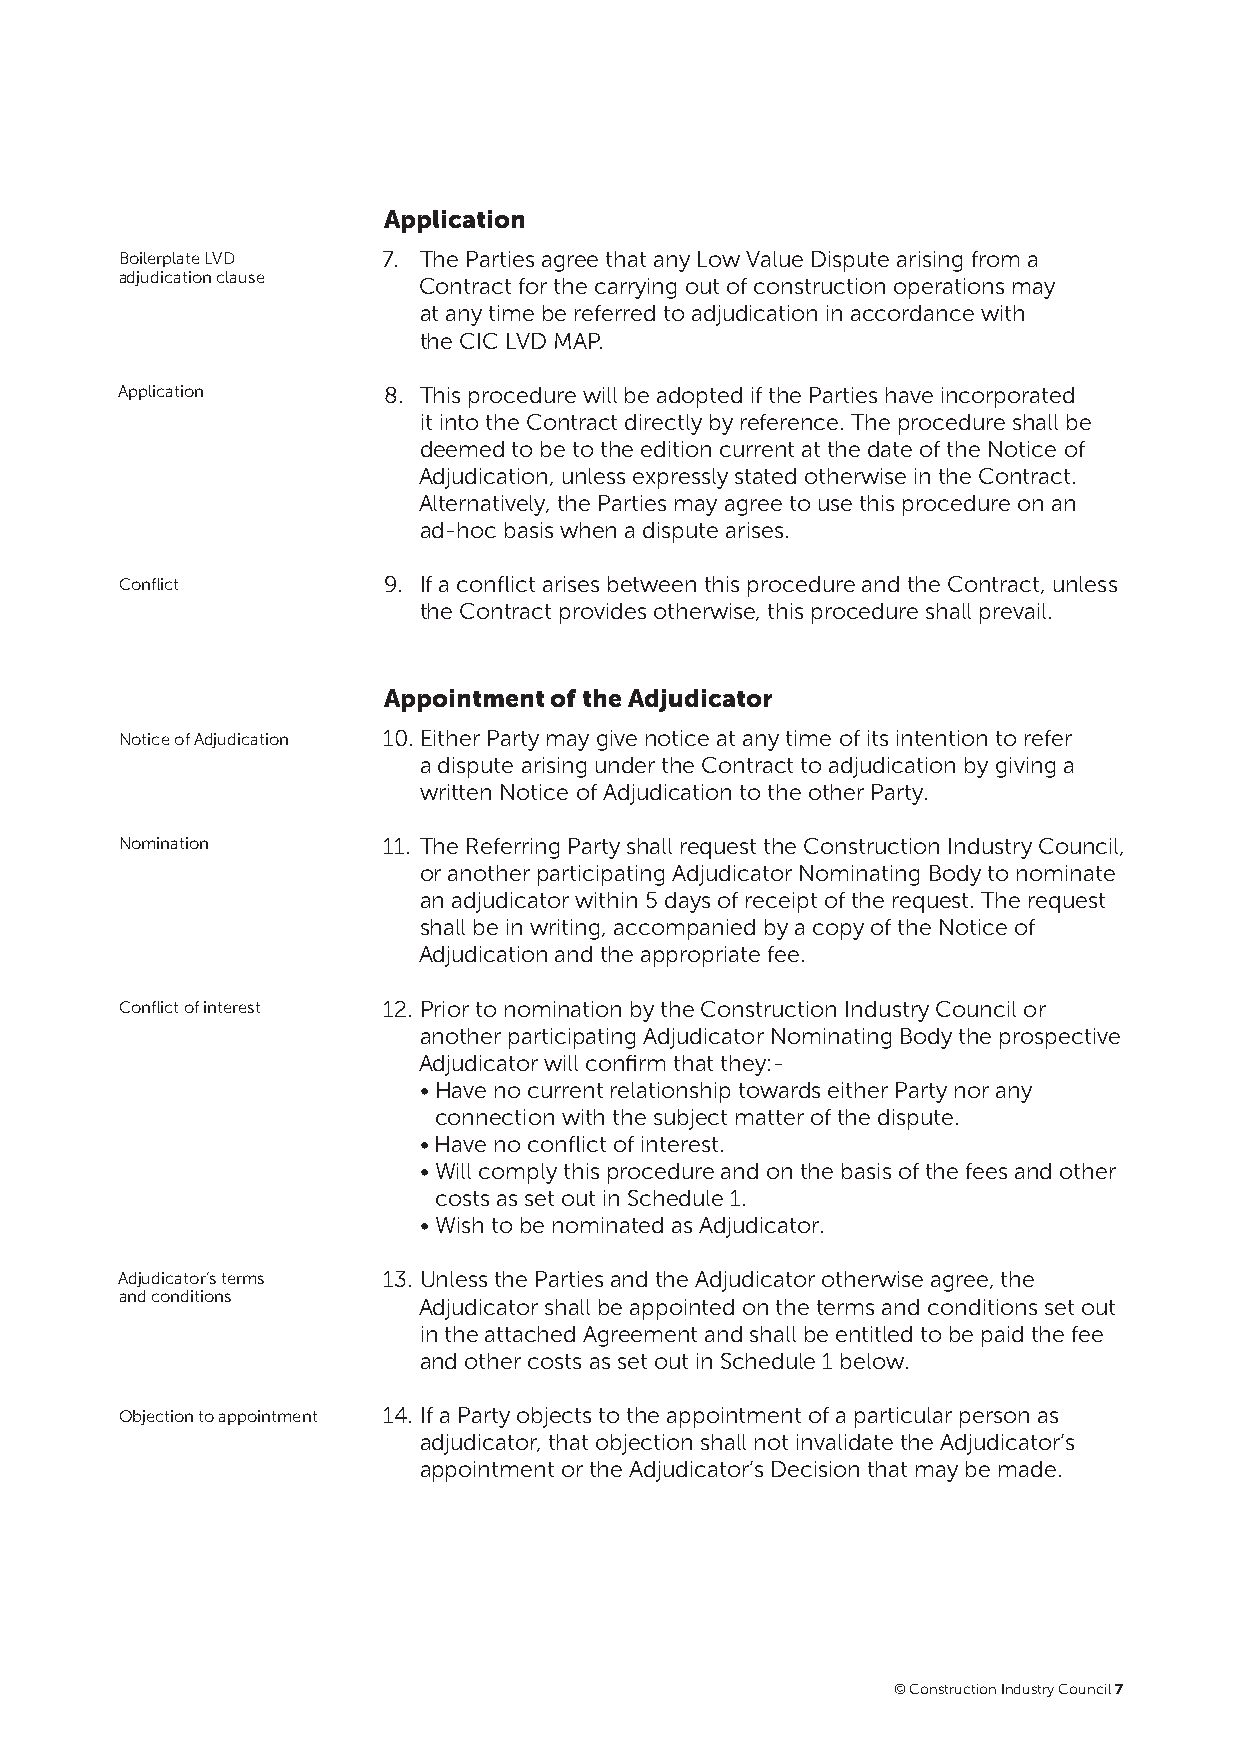
Application
 Boilerplate LVD  7. The Parties agree that any Low Value Dispute arising from a
 adjudication clause
 Contract for the carrying out of construction operations may
 at any time be referred to adjudication in accordance with
 the CIC LVD MAP.
 Application      8. T his procedure will be adopted if the Parties have incorporated
 it into the Contract directly by reference. The procedure shall be
 deemed to be to the edition current at the date of the Notice of
 Adjudication, unless expressly stated otherwise in the Contract.
 Alternatively, the Parties may agree to use this procedure on an
 ad-hoc basis when a dispute arises.
 Conflict         9. I f a conflict arises between this procedure and the Contract, unless
 the Contract provides otherwise, this procedure shall prevail.
 Appointment of the Adjudicator
 Notice of Adjudication 10. Either Party may give notice at any time of its intention to refer
 a dispute arising under the Contract to adjudication by giving a
 written Notice of Adjudication to the other Party.
 Nomination       11. The Referring Party shall request the Construction Industry Council,
 or another participating Adjudicator Nominating Body to nominate
 an adjudicator within 5 days of receipt of the request. The request
 shall be in writing, accompanied by a copy of the Notice of
 Adjudication and the appropriate fee.
 Conflict of interest 12. Prior to nomination by the Construction Industry Council or
 another participating Adjudicator Nominating Body the prospective
 Adjudicator will confirm that they:-
 • Have no current relationship towards either Party nor any
 connection with the subject matter of the dispute.
 • Have no conflict of interest.
 • Will comply this procedure and on the basis of the fees and other
 costs as set out in Schedule 1.
 • Wish to be nominated as Adjudicator.
 Adjudicator’s terms 13. Unless the Parties and the Adjudicator otherwise agree, the
 and conditions
 Adjudicator shall be appointed on the terms and conditions set out
 in the attached Agreement and shall be entitled to be paid the fee
 and other costs as set out in Schedule 1 below.
 Objection to appointment 14. If a Party objects to the appointment of a particular person as
 adjudicator, that objection shall not invalidate the Adjudicator’s
 appointment or the Adjudicator’s Decision that may be made.
 © Construction Industry Council 7